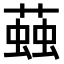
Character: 𧏊